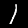
Label: 1